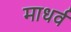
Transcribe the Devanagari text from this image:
माधर्व